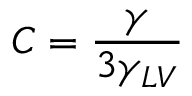
C = { \frac { \gamma } { 3 \gamma _ { L V } } }